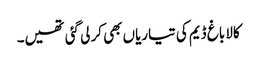
کالا باغ ڈیم کی تیاریاں بھی کر لی گئی تھیں۔